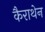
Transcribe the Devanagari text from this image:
कैराथेन